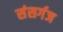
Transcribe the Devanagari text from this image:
संसर्गज